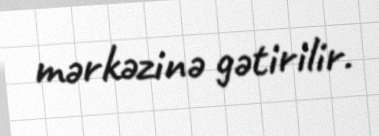
mərkəzinə gətirilir.